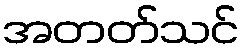
အတတ်သင်